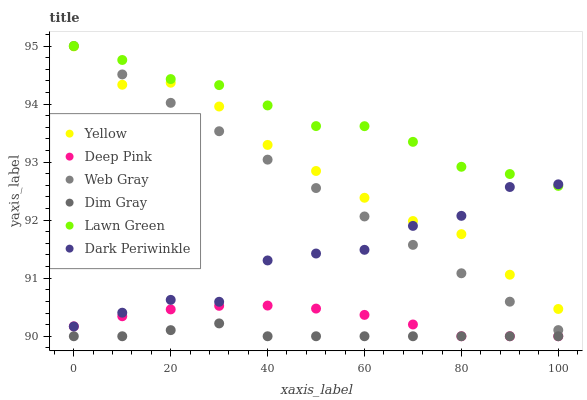
| xaxis_label | Yellow | Deep Pink | Web Gray | Dim Gray | Lawn Green | Dark Periwinkle |
 | --- | --- | --- | --- | --- | --- | --- |
 | 0 | 95 | 90.2 | 95 | 90 | 95 | 90.2 |
 | 10 | 94.3 | 90.3 | 94.5 | 90 | 94.8 | 90.4 |
 | 20 | 94.4 | 90.5 | 94 | 90.1 | 94.4 | 90.6 |
 | 30 | 94 | 90.5 | 93.5 | 90.2 | 94.3 | 90.6 |
 | 40 | 93.3 | 90.5 | 93 | 90 | 94 | 91.3 |
 | 50 | 92.8 | 90.5 | 92.6 | 90 | 93.6 | 91.4 |
 | 60 | 92.4 | 90.4 | 92.1 | 90 | 93.6 | 91.5 |
 | 70 | 92 | 90.2 | 91.6 | 90 | 93.3 | 91.9 |
 | 80 | 91.8 | 90 | 91.1 | 90 | 92.9 | 92.1 |
 | 90 | 91.1 | 90 | 90.6 | 90 | 92.8 | 92.6 |
 | 100 | 90.5 | 90 | 90.1 | 90 | 92.6 | 92.6 |